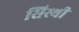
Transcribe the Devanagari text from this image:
सिस्थी